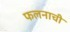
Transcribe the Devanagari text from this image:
फलनाची